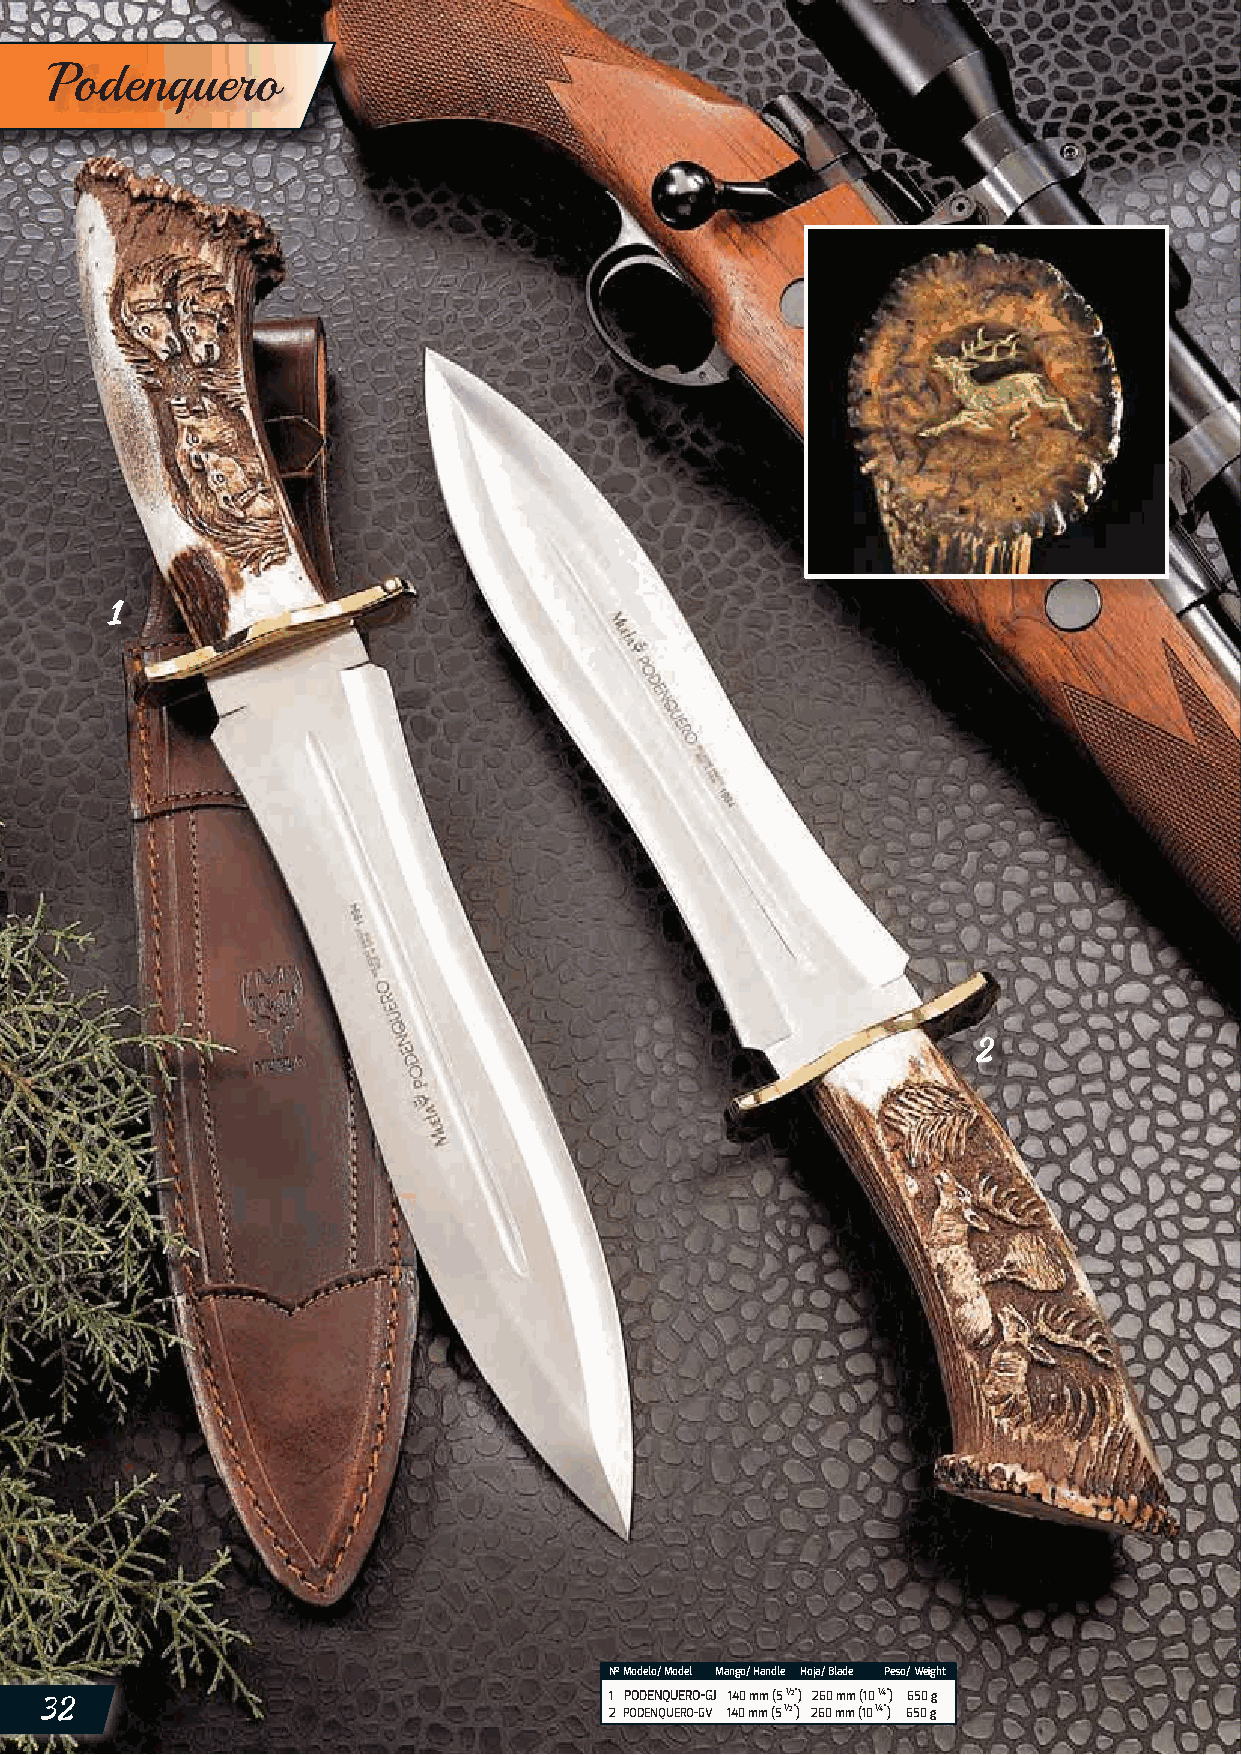
Podenquero
 Nº Modelo/ Model Mango/ Handle Hoja/ Blade Peso/ Weight
 32                                   1 PODENQUERO-GJ 140 mm (5 ½”) 260 mm (10 ¼”) 650 g
 2 PODENQUERO-GV 140 mm (5 ½”) 260 mm (10 ¼”) 650 g